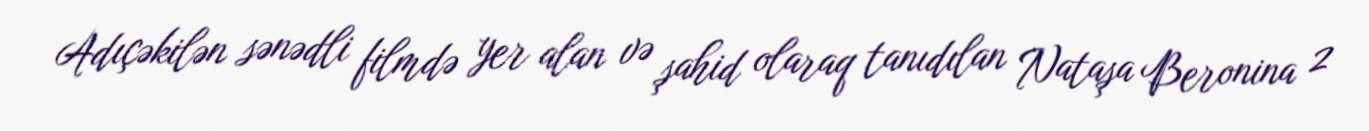
Adıçəkilən sənədli filmdə yer alan və şahid olaraq tanıdılan Nataşa Beronina 2